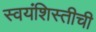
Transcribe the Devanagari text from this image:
स्वयंशिस्तीची